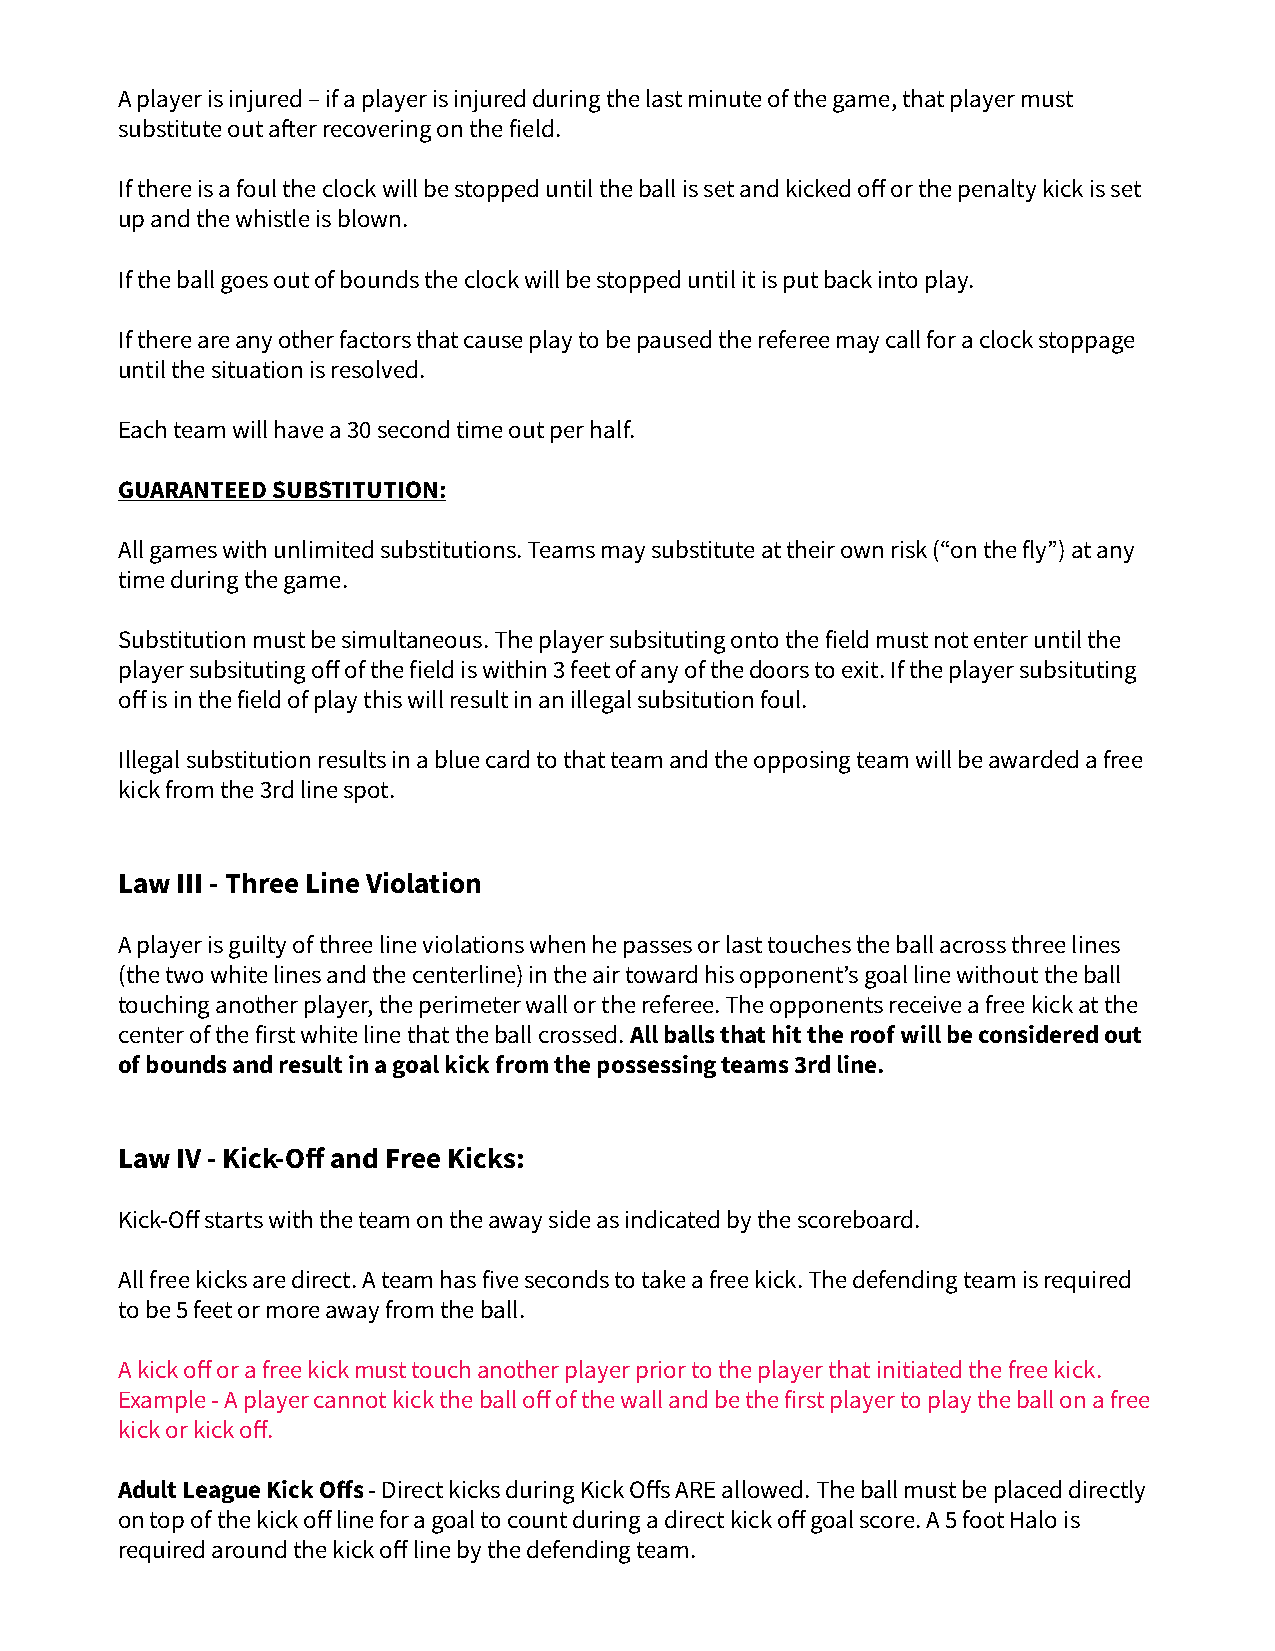
A player is injured – if a player is injured during the last minute of the game, that player must
 substitute out after recovering on the field.
 If there is a foul the clock will be stopped until the ball is set and kicked off or the penalty kick is set
 up and the whistle is blown.
 If the ball goes out of bounds the clock will be stopped until it is put back into play.
 If there are any other factors that cause play to be paused the referee may call for a clock stoppage
 until the situation is resolved.
 Each team will have a 30 second time out per half.
 GUARANTEED SUBSTITUTION:
 All games with unlimited substitutions. Teams may substitute at their own risk (“on the fly”) at any
 time during the game.
 Substitution must be simultaneous. The player subsituting onto the field must not enter until the
 player subsituting off of the field is within 3 feet of any of the doors to exit. If the player subsituting
 off is in the field of play this will result in an illegal subsitution foul.
 Illegal substitution results in a blue card to that team and the opposing team will be awarded a free
 kick from the 3rd line spot.
 Law III - Three Line Violation
 A player is guilty of three line violations when he passes or last touches the ball across three lines
 (the two white lines and the centerline) in the air toward his opponent’s goal line without the ball
 touching another player, the perimeter wall or the referee. The opponents receive a free kick at the
 center of the first white line that the ball crossed. All balls that hit the roof will be considered out
 of bounds and result in a goal kick from the possessing teams 3rd line.
 Law IV - Kick-Off and Free Kicks:
 Kick-Off starts with the team on the away side as indicated by the scoreboard.
 All free kicks are direct. A team has five seconds to take a free kick. The defending team is required
 to be 5 feet or more away from the ball.
 A kick off or a free kick must touch another player prior to the player that initiated the free kick.
 Example - A player cannot kick the ball off of the wall and be the first player to play the ball on a free
 kick or kick off.
 Adult League Kick Offs - Direct kicks during Kick Offs ARE allowed. The ball must be placed directly
 on top of the kick off line for a goal to count during a direct kick off goal score. A 5 foot Halo is
 required around the kick off line by the defending team.